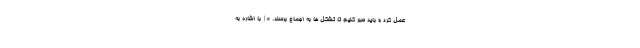
عمل کرد و باید صبر کنیم تا تشکل ها به اجماع برسند. *{ با اشاره به